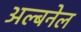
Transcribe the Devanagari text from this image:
अल्बनेल